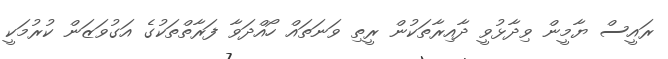
ރައީސް ޔާމީން ވިދާޅުވީ ދާއިރާތަކުން ރީތި ވަނަތައް ހޯއްދަވާ ފަރާތްތަކުގެ އަގުވަޒަން ކުރުމަކީ